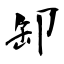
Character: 缷